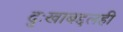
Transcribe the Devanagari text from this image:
दुःखाबद्दलही